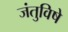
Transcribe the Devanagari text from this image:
जंतुविषे